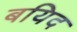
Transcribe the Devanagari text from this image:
बयिद